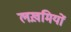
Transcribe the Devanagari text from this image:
लख़मियों